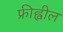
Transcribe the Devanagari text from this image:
फ्रीह्वील